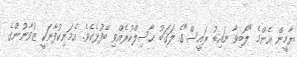
ޔާމީން އެންމެ "ލޯބިވާ ނައިބު ރައީސް"ގެ ލަޤަބު ޙާސިލްކުރެއްވި ބޭފުޅެކެވެ. އެމަނިކުފާނަކީ ޒުވާނުންގެ